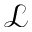
\mathcal { L }